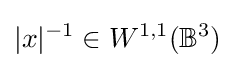
|x|^{-1}\in W^{1,1}(\mathbb {B} ^{3})